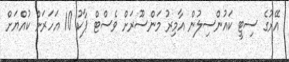
އޭރުގެ ސިޓީ ކައުންސިލުން އާމިރު މަންސޫރަށް ވެސްޓް ޕާކު 10 އަހަރަށް ކުއްޔަށް